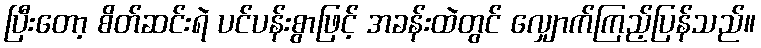
ပြီးတော့ စိတ်ဆင်းရဲ ပင်ပန်းစွာဖြင့် အခန်းထဲတွင် လျှောက်ကြည့်ပြန်သည်။